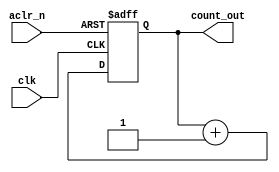
`timescale 1ns / 1ps

module Counter(
 input clk , aclr_n ,
 output reg [1:0] count_out
    );
    
    always @(posedge clk ,negedge aclr_n)
    begin
      if (~aclr_n)
         count_out <= 2'b00 ;
      else 
         count_out <= count_out + 1 ;
    end
    
endmodule